Annual report on the mental hospital in the Central Provinces and Berar (Nagpur) - 1927-1951
Year: 1927
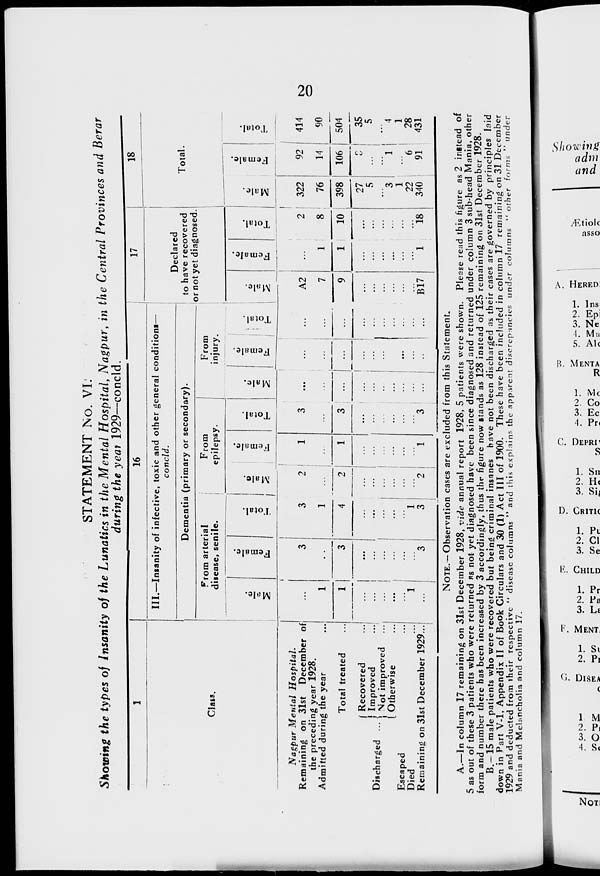
20
STATEMENT No. VI.
Showing the types of Insanity of the Lunatics in the Mental Hospital, Nagpur, in the Central Provinces and Berar
during the year 1929—concld.
1
Class.
Nagpur Mental
Hospital.
Remaining on 31st December of
the preceding year 1928.
Admitted during the year ...
Total treated ...
Discharged ...
Recovered
...
Improved
...
Not improved ...
Otherwise ...
Escaped ...
Died ...
Remaining on 31st December 1929 ...
16
III.—Insanity of infective, toxic and other general conditions—
concld.
Dementia (primary or secondary).
From arterial
disease, senile.
Male.
...
1
1
...
...
...
...
...
1
...
Female.
3
...
3
...
...
...
...
...
...
3
Total.
3
1
4
...
...
...
...
...
1
3
From
epilepsy.
Male.
2
...
2
...
...
...
...
...
...
2
Female.
1
...
1
...
...
...
...
...
...
1
Total.
3
...
3
...
...
...
...
...
...
3
From
injury.
Male.
...
...
...
...
...
...
...
...
...
...
Female.
...
...
...
...
...
...
...
...
...
...
Total.
...
...
...
...
...
...
...
...
...
...
17
Declared
to have recovered
or not yet diagnosed.
Male.
A2
7
9
...
...
...
...
...
...
B17
Female.
...
1
1
...
...
...
...
...
...
1
Total.
2
8
10
...
...
...
...
...
...
18
18
Total.
Male.
322
76
398
27
5
...
3
1
22
340
Female.
92
14
106
8
...
...
1
...
6
91
Total.
414
90
504
35
5
...
4
1
28
431
NOTE.—Observation cases are excluded from this Statement.
A.—In column 17 remaining on 31st December 1928, vide annual report 1928, 5 patients were shown. Please read this figure as 2 instead of
5 as out of these 3 patients who were returned as not yet diagnosed have been since diagnosed and returned under column 3 sub-head Mania, other
form and number there has been increased by 3 accordingly, thus the figure now stands as 128 instead of 125 remaining on 31st December 1928.
B.—15 male patients who were recovered but being criminal insanes have not been discharged as their cases are governed by principles laid
down in Part V-1, Appendix II of Book Circulars and 30 (1) Act III of 1900. These have been included in column 17 remaining on 31 December
1929 and deducted from their respective " disease columns " and this explains the apparent discrepancies under columns " other forms " under
Mania and Melancholia and column 17.